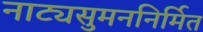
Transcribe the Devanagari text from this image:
नाट्यसुमननिर्मित